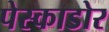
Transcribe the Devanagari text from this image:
पेस्काडोर